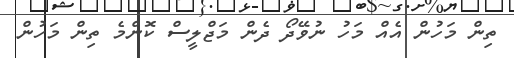
ތިން މަހުން އެއް މަހު ނުވޭދޯ ދެން މަޖްލީސް ކޮންމެ ތިން މަހުން